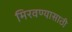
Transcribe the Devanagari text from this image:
मिरवण्यासाठी